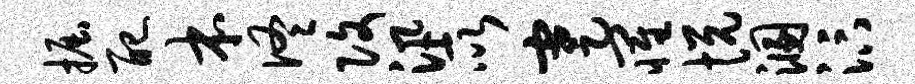
掘配本佟改汛所蹇罹悦溷汴